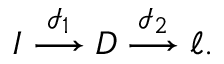
I \stackrel { { \mathcal { I } } _ { 1 } } { \longrightarrow } D \stackrel { { \mathcal { I } } _ { 2 } } { \longrightarrow } \ell .